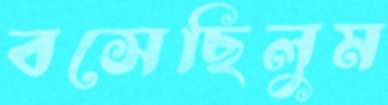
বসেছিলুম